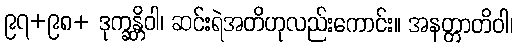
၉၇+၉၈+ ဒုက္ခန္တိဝါ၊ ဆင်းရဲအတိဟုလည်းကောင်း။ အနတ္တာတိဝါ၊